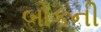
બોકની